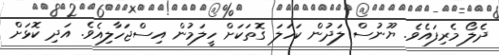
ދެލޯ މެރިފައެވެ. ޔޫނުސް ލަދުން ކަހަލަ ގޮތަކަށް ހީލަމުން އިސްޖަހާލިއެވެ. އަދި ކޮޅަށް